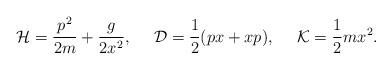
LaTeX: \begin{align*}{\cal H}={{p^2}\over{2m}}+{g\over{2x^2}},\ \ \ \ {\cal D}={1\over 2}(px+xp),\ \ \ \ {\cal K}={1\over 2}mx^2.\end{align*}